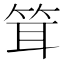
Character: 䇯